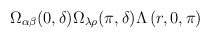
\begin{align*}\Omega_{\alpha\beta}(0 ,\delta)\Omega_{\lambda \rho}(\pi ,\delta)\Lambda \left(r,0,\pi \right)\end{align*}